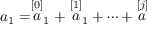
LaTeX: a _ { 1 } = \stackrel { [ 0 ] } { a } _ { 1 } + \stackrel { [ 1 ] } { a } _ { 1 } + \cdots + \stackrel { [ j ] } { a }